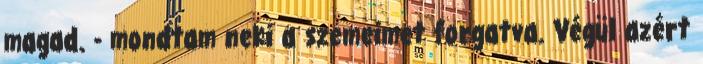
magad. - mondtam neki a szemeimet forgatva. Végül azért